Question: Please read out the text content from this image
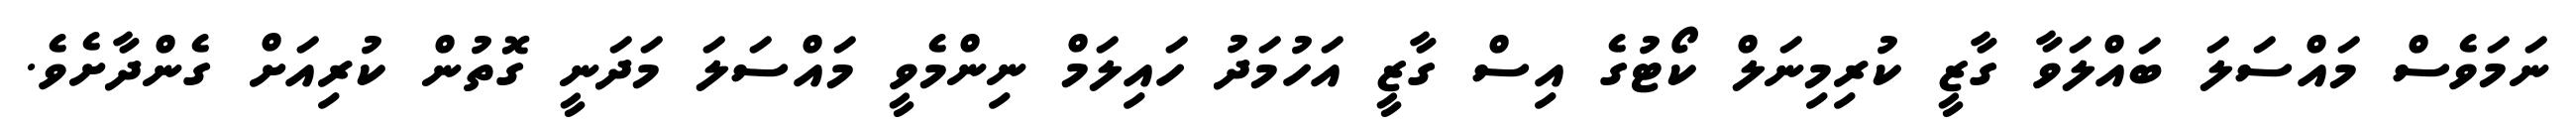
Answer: ނަމަވެސް މައްސަލަ ބައްލަވާ ގާޒީ ކުރިމިނަލް ކޯޓުގެ އިސް ގާޒީ އަހުމަދު ހައިލަމް ނިންމެވީ މައްސަލަ މަދަނީ ގޮތުން ކުރިއަށް ގެންދާށެވެ.